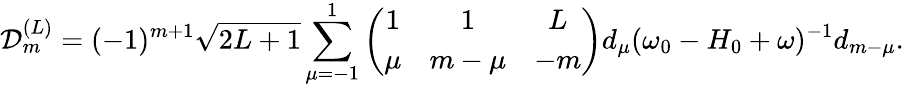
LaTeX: {\cal{D}}_{m}^{(L)}=(-1)^{m+1}\sqrt{2L+1}\sum_{\mu=-1}^{1}\left(\begin{array}{ccc}{1}&{1}&{L}\\ {\mu}&{m-\mu}&{-m}\end{array}\right)d_{\mu}(\omega_{0}-H_{0}+\omega)^{-1}d_{m-\mu}.